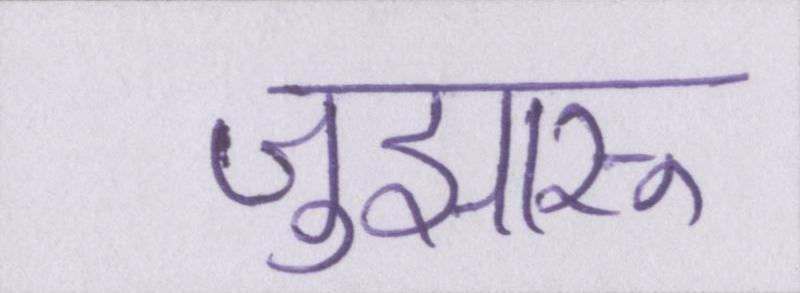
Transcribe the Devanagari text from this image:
जुझारू